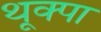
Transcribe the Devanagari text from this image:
थूक्‍पा